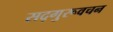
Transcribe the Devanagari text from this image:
सद्गुरूवचन